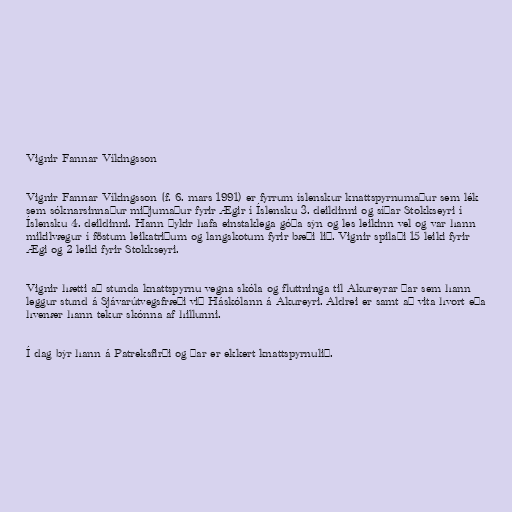
Vignir Fannar Víkingsson

Vignir Fannar Víkingsson (f. 6. mars 1991) er fyrrum íslenskur knattspyrnumaður sem lék
sem sóknarsinnaður miðjumaður fyrir Ægir í Íslensku 3. deildinni og síðar Stokkseyri í
Íslensku 4. deildinni. Hann þykir hafa einstaklega góða sýn og les leikinn vel og var hann
mikilvægur í föstum leikatriðum og langskotum fyrir bæði lið. Vignir spilaði 15 leiki fyrir
Ægi og 2 leiki fyrir Stokkseyri.

Vignir hætti að stunda knattspyrnu vegna skóla og fluttninga til Akureyrar þar sem hann
leggur stund á Sjávarútvegsfræði við Háskólann á Akureyri. Aldrei er samt að vita hvort eða
hvenær hann tekur skónna af hillunni.

Í dag býr hann á Patreksfirði og þar er ekkert knattspyrnulið.